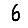
Digit: 6